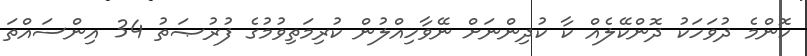
ކޮންމެ ދުވަހަކު ދޮންކޭލެއް ކާ ކުދިންނަށް ނޭވާހިއްލުން ކުރިމަތިވުމުގެ ފުރުޞަތު 34 އިންސައްތަ